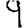
Digit: 9